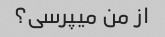
از من میپرسی؟